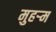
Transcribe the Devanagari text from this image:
मुहर्‍म